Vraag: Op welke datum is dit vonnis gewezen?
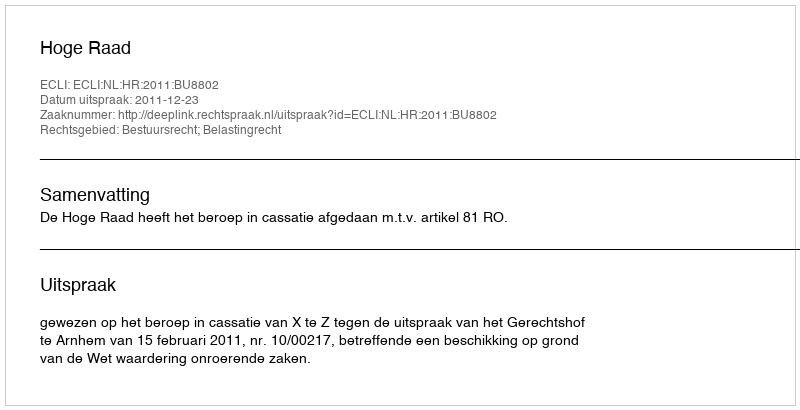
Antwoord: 2011-12-23